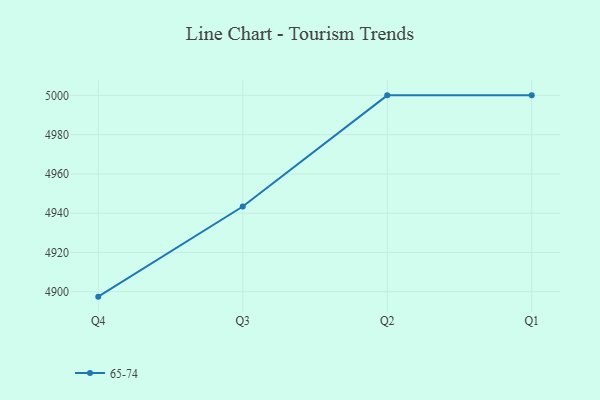
{"axis": {"x": "Quarter", "y": "Backlog"}, "legend": ["65-74"], "data": [{"x": "Q4", "y": 4897.5, "type": "65-74"}, {"x": "Q3", "y": 4943.4, "type": "65-74"}, {"x": "Q2", "y": 5000, "type": "65-74"}, {"x": "Q1", "y": 5000, "type": "65-74"}]}